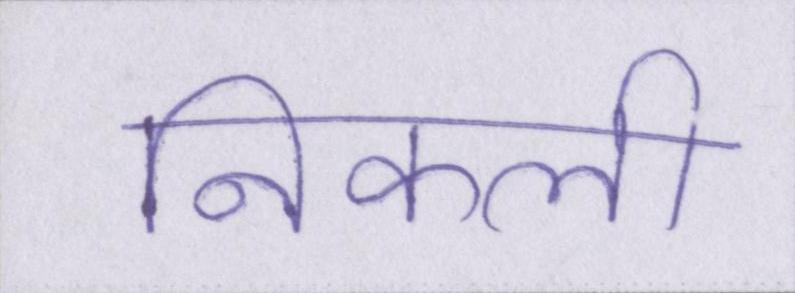
निकली